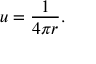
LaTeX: u = { \frac { 1 } { 4 \pi r } } .